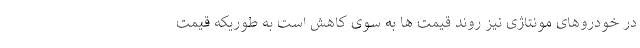
در خودروهای مونتاژی نیز روند قیمت ها به سوی کاهش است به طوریکه قیمت